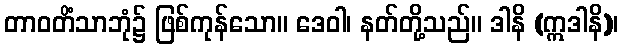
တာဝတိံသာဘုံ၌ ဖြစ်ကုန်သော။ ဒေဝါ၊ နတ်တို့သည်။ ဒါနိ (ဣဒါနိ)၊